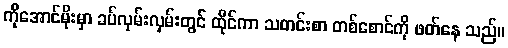
ကိုအောင်မိုးမှာ ခပ်လှမ်းလှမ်းတွင် ထိုင်ကာ သတင်းစာ တစ်စောင်ကို ဖတ်နေ သည်။